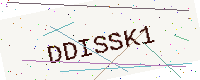
Text: DDISSK1